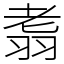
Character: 䎝